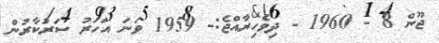
ޖޫން 8 - 1960 - ދިވެހިރާއްޖެ:- 1959 ވަނަ އަހަރު ސަރުކާރުން